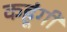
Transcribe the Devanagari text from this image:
कहूंगी